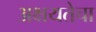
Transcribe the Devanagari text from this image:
अक्षयतेचा